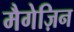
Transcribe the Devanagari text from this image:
मैगेज़िन